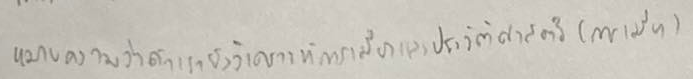
หมายความว่าถ้าเรายังวิเคราะห์การเมืองและประวัติศาสตร์(การเมือง)